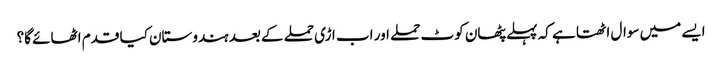
ایسے میں سوال اٹھتا ہے کہ پہلے پٹھان کوٹ حملے اور اب اڑی حملے کے بعد ہندوستان کیا قدم اٹھائے گا؟